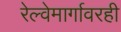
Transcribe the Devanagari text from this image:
रेल्वेमार्गावरही